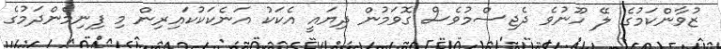
ޒުވާންކަމުގެ ލޭ ހޫނުވެ ދެޖިސްމުވެސް ގޮވަމުން ދިޔައީ އެކަކު އަނެކަކުކައިރިން މި ފިނިމެންދަމުގެ